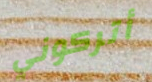
أتركوني